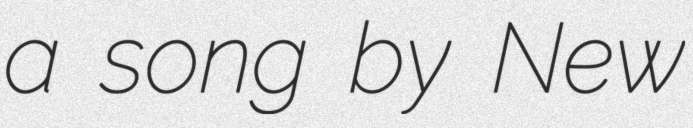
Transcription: a song by New